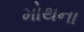
મોથના